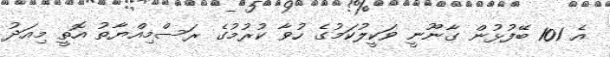
އެ 101 ބޭފުޅުން ގާނޫނީ ވަކީލުކަމުގެ ހުވާ ކުރުމުގެ ރަސްމިއްޔާތު އޮތީ މިއަދު